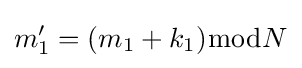
m'_{1}=(m_{1}+k_{1}){\bmod {N}}